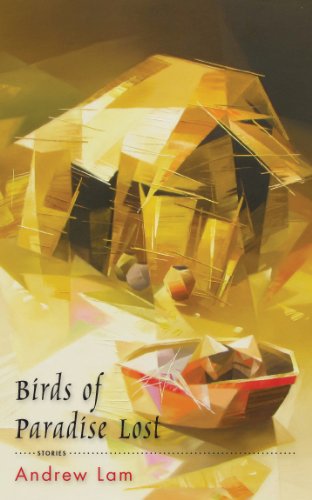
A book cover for Birds of Paradise Lost; Andrew Lam; Literature & Fiction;